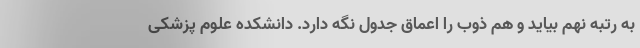
به رتبه نهم بیاید و هم ذوب را اعماق جدول نگه دارد. دانشکده علوم پزشکی